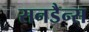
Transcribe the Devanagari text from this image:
सनडैन्स